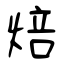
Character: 焙